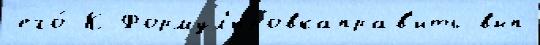
его́ К Формул'ировкаправ'ить вып